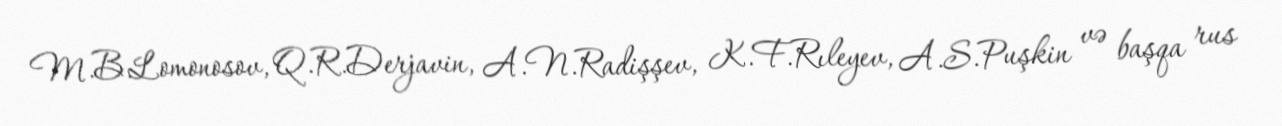
M.B.Lomonosov, Q.R.Derjavin, A.N.Radişşev, K.F.Rıleyev, A.S.Puşkin və başqa rus